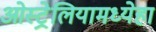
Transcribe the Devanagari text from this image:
ओस्ट्रेलियामध्येहा